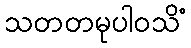
သတတမုပါဝသိံ